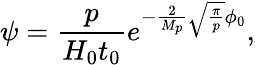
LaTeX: \psi=\frac{p}{H_{0}t_{0}}e^{-\frac{2}{M_{p}}\sqrt{\frac{\pi}{p}}\phi_{0}},